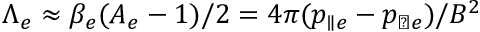
\Lambda _ { e } \approx \beta _ { e } ( A _ { e } - 1 ) / 2 = 4 \pi ( p _ { \parallel e } - p _ { \perp e } ) / B ^ { 2 }